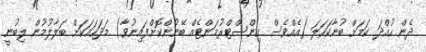
ދެން ހުއްދަ ކަމަށް ބުނާކަހަލަ (އެއްވެސް އިންސްޓްރުމަންޓެއް ބޭނުންކޮށްފައިނުވާ) މަދަހައަކަށް ބަލާލުމުން ލިބުނީ